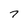
Character: 7